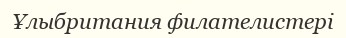
Ұлыбритания филателистері